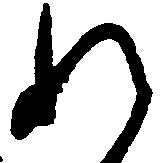
れ